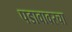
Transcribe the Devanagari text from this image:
पडावावरचा